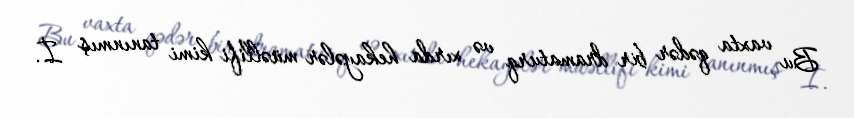
Bu vaxta qədər bir dramaturq və xırda hekayələr müəllifi kimi tanınmış İ.